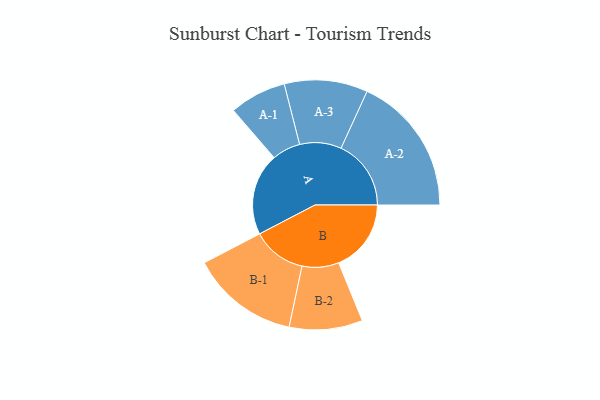
{"axis": {"x": "Segment", "y": "Value"}, "legend": ["", "A", "B"], "data": [{"x": "A", "y": 298, "type": ""}, {"x": "B", "y": 263, "type": ""}, {"x": "A-1", "y": 103, "type": "A"}, {"x": "A-2", "y": 254, "type": "A"}, {"x": "A-3", "y": 151, "type": "A"}, {"x": "B-1", "y": 196, "type": "B"}, {"x": "B-2", "y": 133, "type": "B"}]}